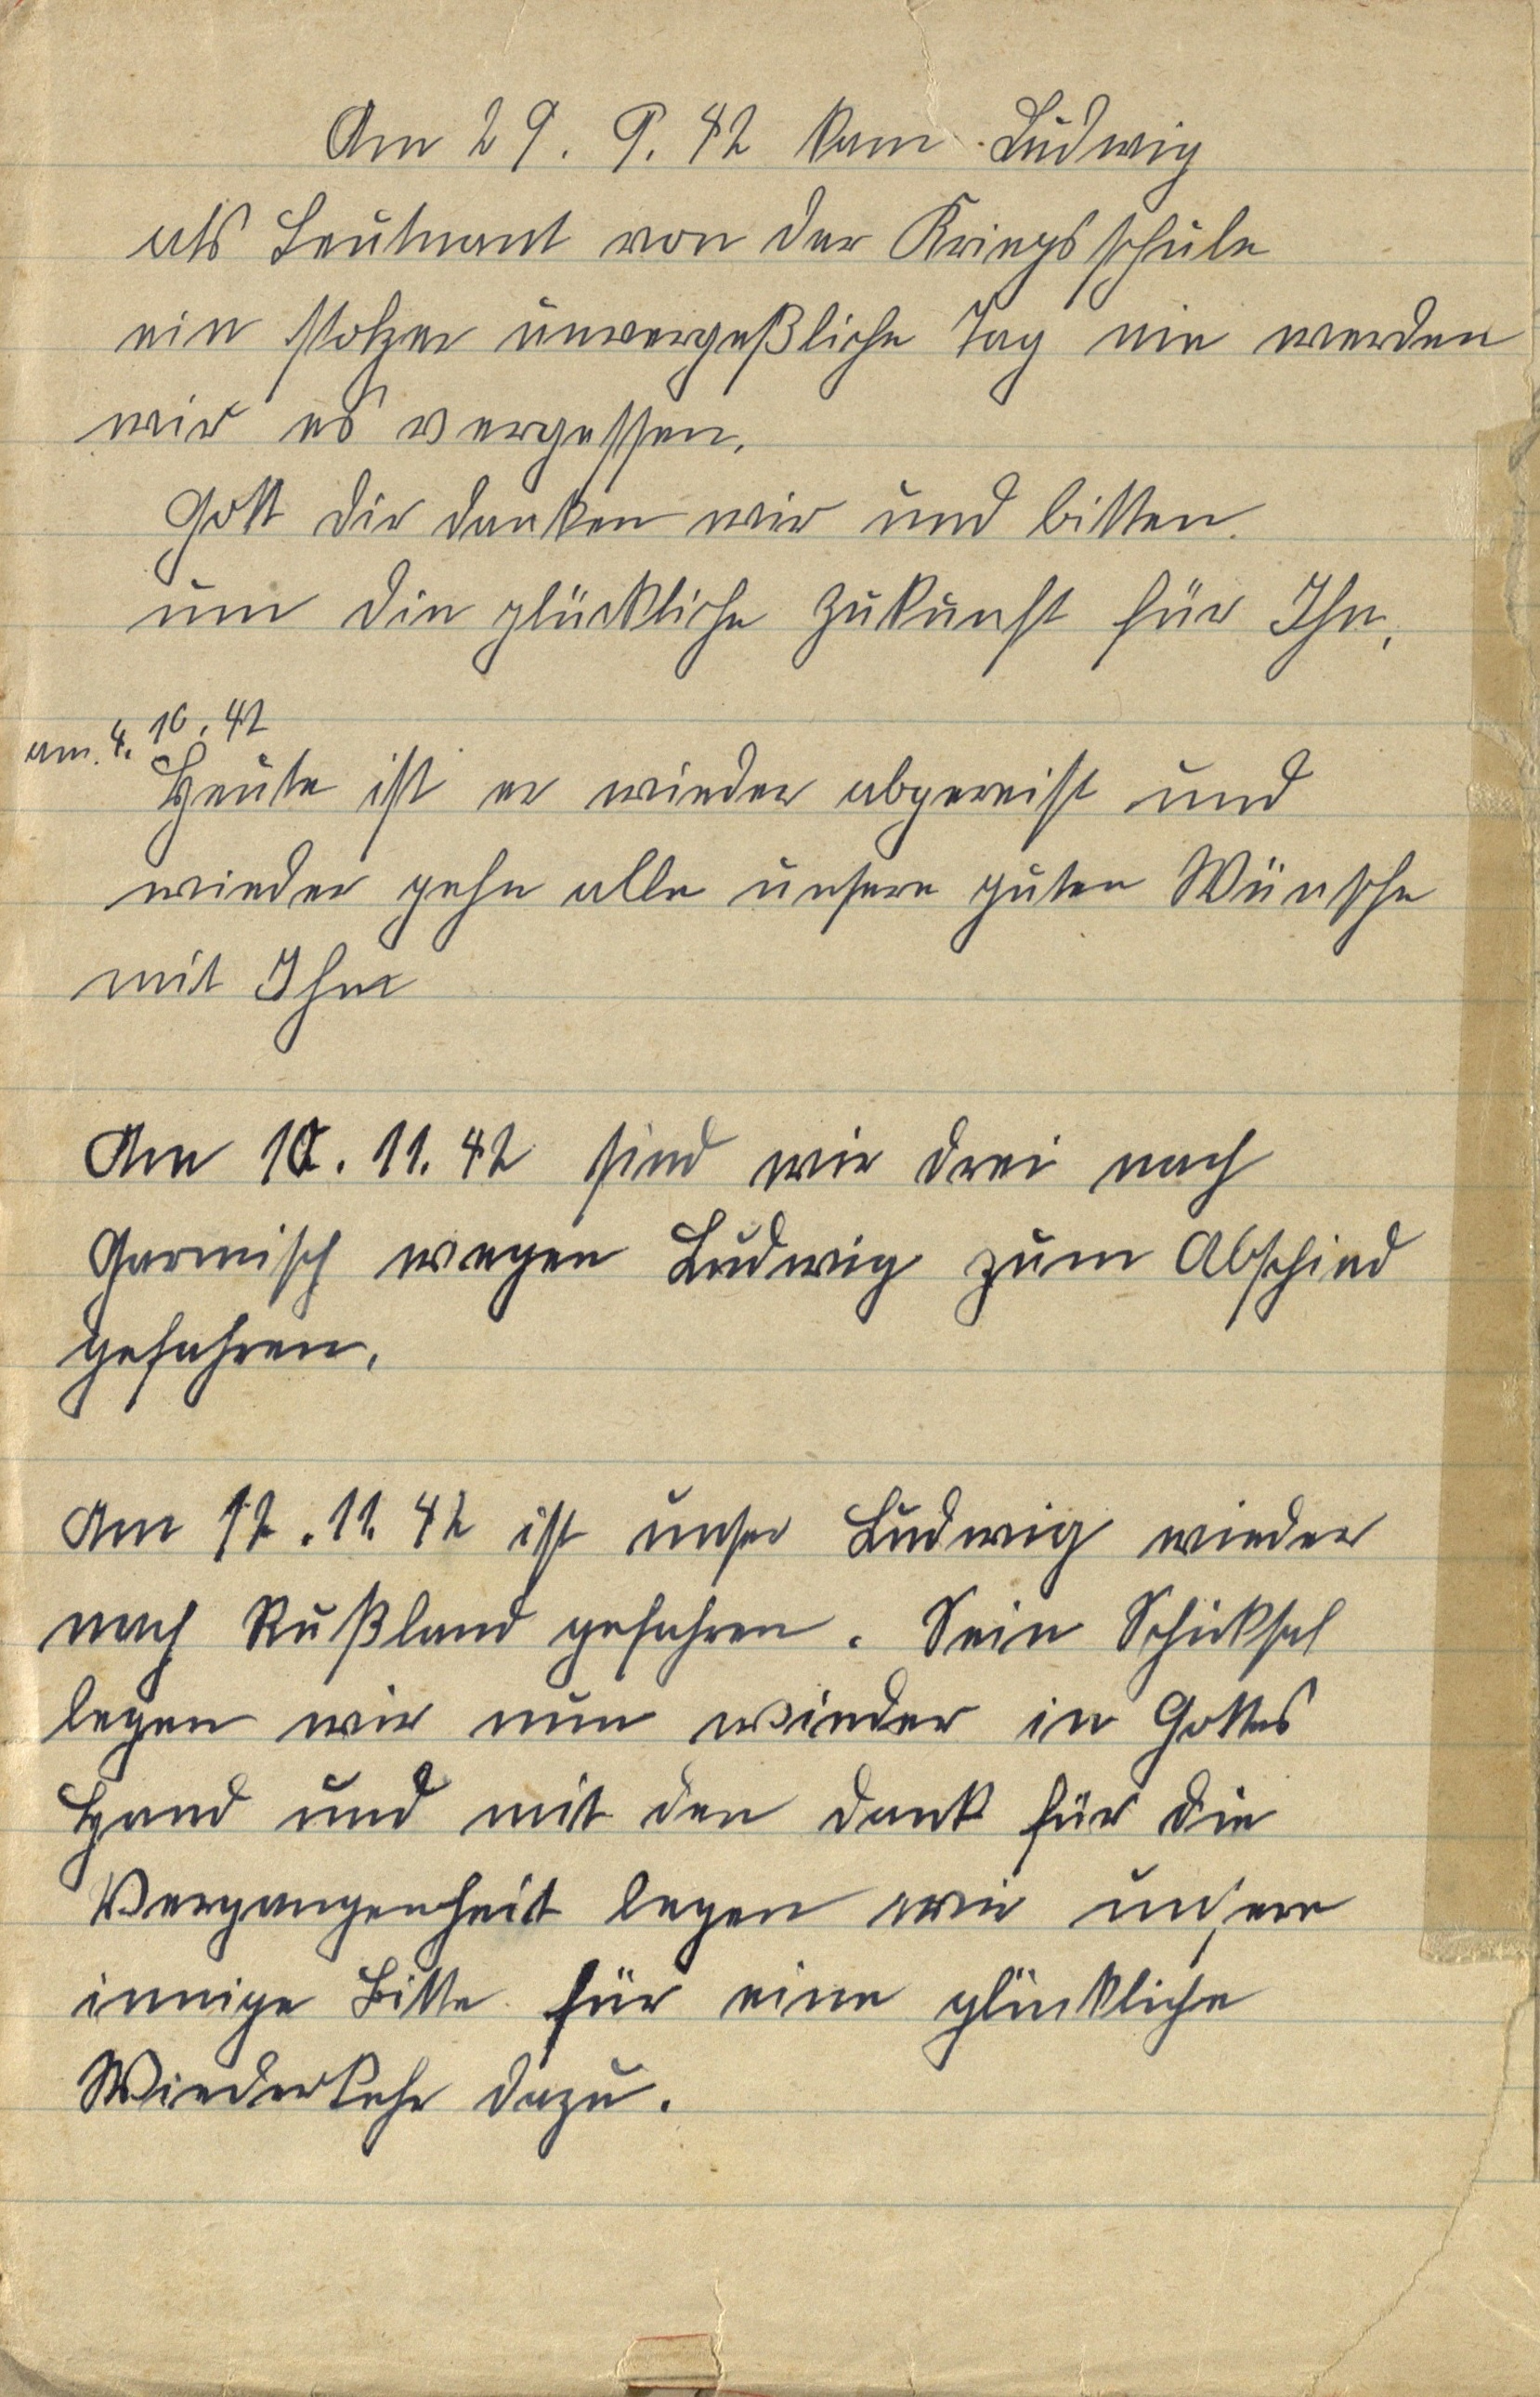
Am 29. 9. 42 kam Ludwig
als Leutnant von der Kriegsschule
ein stolzer unvergeßlicher Tag nie werden
wir es vergessen.
Gott Dir danken wir und bitten
um die glückliche Zukunft für Ihn.
am 4. 10. 42
Heute ist er wieder abgereist und
wieder gehn alle unsere guten Wünsche
mit Ihm
Am 10. 11. 42 sind wir drei nach
Garmisch wegen Ludwig zum Abschied
gefahren.
Am 11. 11. 42 ist unser Ludwig wieder
nach Rußland gefahren. Sein Schicksal
legen wir nun wieder in Gottes
Hand und mit den Dank für die
Vergangenheit legen wir unsere
innige Bitte für eine glückliche
Wiederkehr dazu.